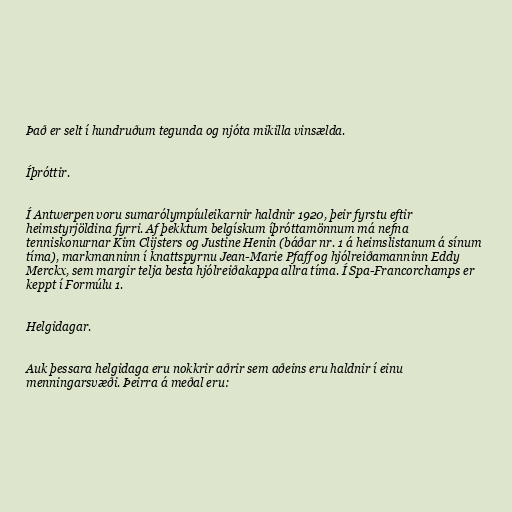
Það er selt í hundruðum tegunda og njóta mikilla vinsælda.

Íþróttir.

Í Antwerpen voru sumarólympíuleikarnir haldnir 1920, þeir fyrstu eftir
heimstyrjöldina fyrri. Af þekktum belgískum íþróttamönnum má nefna
tenniskonurnar Kim Clijsters og Justine Henin (báðar nr. 1 á heimslistanum á sínum
tíma), markmanninn í knattspyrnu Jean-Marie Pfaff og hjólreiðamanninn Eddy
Merckx, sem margir telja besta hjólreiðakappa allra tíma. Í Spa-Francorchamps er
keppt í Formúlu 1.

Helgidagar.

Auk þessara helgidaga eru nokkrir aðrir sem aðeins eru haldnir í einu
menningarsvæði. Þeirra á meðal eru: